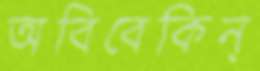
অবিবেকিন্